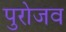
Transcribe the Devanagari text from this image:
पुरोजव